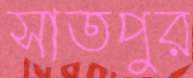
সাতপুর